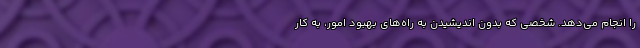
را انجام می‌دهد. شخصی که بدون اندیشیدن به راه‌های بهبود امور، به کار